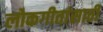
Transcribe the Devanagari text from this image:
लोकगीतांसाठी